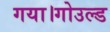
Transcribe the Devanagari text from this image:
गया।गोउल्‍ड